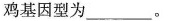
鸡基因型为___。